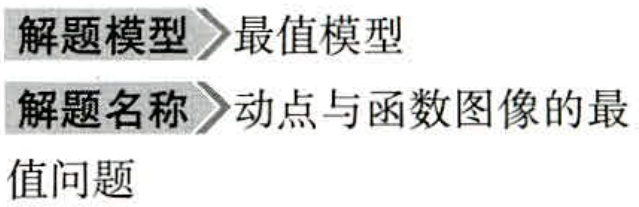
\begin{document}
解题模型 \(\rhd\) 最值模型
解题名称 \(\rhd\) 动点与函数图像的最值问题
\end{document}